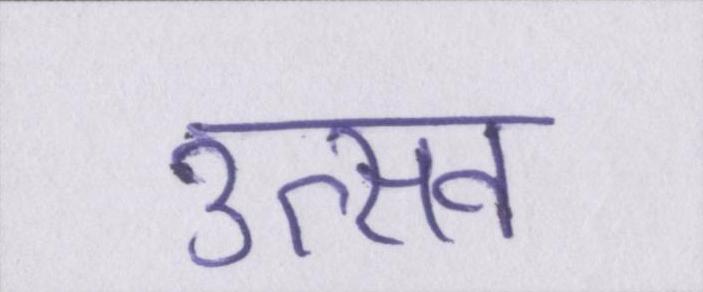
उत्सव